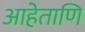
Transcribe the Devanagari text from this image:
आहेताणि